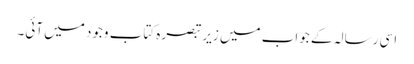
اسی رسالہ کے جواب میں زیر تبصرہ کتاب وجود میں آئی۔